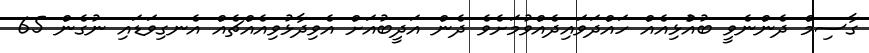
ގާސިމް ދެންނެވީ ބުއްުޅިއެއް ހައްދަވައިދެއްވުމަށެވެ ދެން އަދީބުއަށް އެވިދާޅުވިއެއްޗެއް އެނގިވަޑައި ނުގެން 65